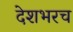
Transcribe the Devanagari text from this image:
देशभरच